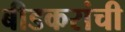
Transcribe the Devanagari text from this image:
बीडकरांची